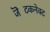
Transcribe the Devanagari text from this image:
जॆटकनेक्ट